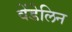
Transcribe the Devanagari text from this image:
वेंडेलिन